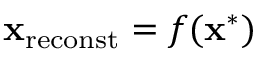
{ \bf x } _ { \mathrm { r e c o n s t } } = f ( { \bf x } ^ { * } )